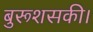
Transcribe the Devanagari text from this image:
बुरूशसकी।